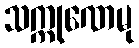
သက္ကုဏေမု